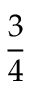
\frac { 3 } { 4 }